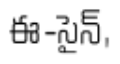
ఈ-సైన్,